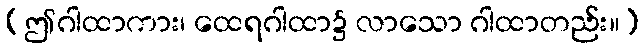
(ဤဂါထာကား၊ ထေရဂါထာ၌ လာသော ဂါထာတည်း။)